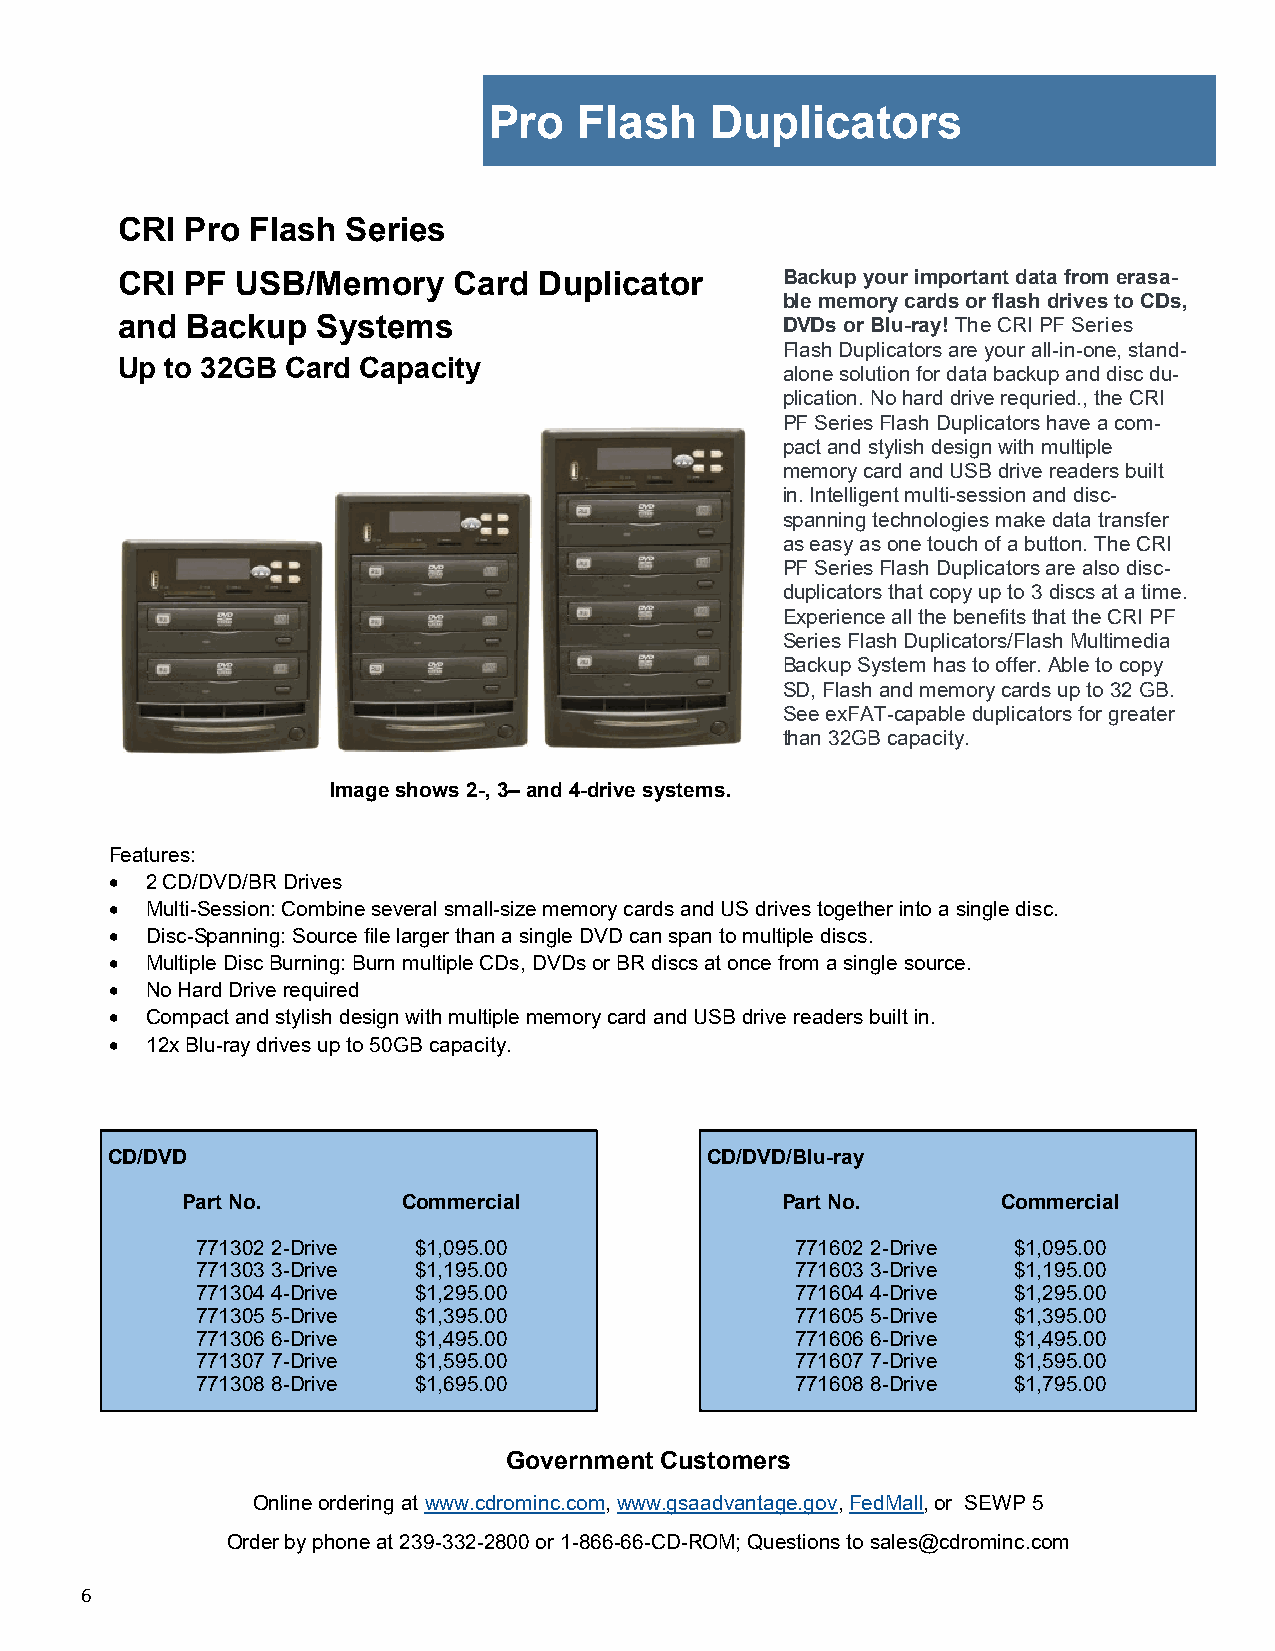
Pro   Flash    Duplicators
 CRI Pro Flash  Series
 CRI PF  USB/Memory    Card  Duplicator      Backup your important data from erasa-
 ble memory cards or flash drives to CDs,
 and Backup   Systems                        DVDs or Blu-ray! The CRI PF Series
 Flash Duplicators are your all-in-one, stand-
 Up to 32GB Card Capacity
 alone solution for data backup and disc du-
 plication. No hard drive requried., the CRI
 PF Series Flash Duplicators have a com-
 pact and stylish design with multiple
 memory card and USB drive readers built
 in. Intelligent multi-session and disc-
 spanning technologies make data transfer
 as easy as one touch of a button. The CRI
 PF Series Flash Duplicators are also disc-
 duplicators that copy up to 3 discs at a time.
 Experience all the benefits that the CRI PF
 Series Flash Duplicators/Flash Multimedia
 Backup System has to offer. Able to copy
 SD, Flash and memory cards up to 32 GB.
 See exFAT-capable duplicators for greater
 than 32GB capacity.
 Image shows 2-, 3– and 4-drive systems.
 Features:
   2 CD/DVD/BR Drives
   Multi-Session: Combine several small-size memory cards and US drives together into a single disc.
   Disc-Spanning: Source file larger than a single DVD can span to multiple discs.
   Multiple Disc Burning: Burn multiple CDs, DVDs or BR discs at once from a single source.
   No Hard Drive required
   Compact and stylish design with multiple memory card and USB drive readers built in.
   12x Blu-ray drives up to 50GB capacity.
 CD/DVD                                  CD/DVD/Blu-ray
 Part No.       Commercial               Part No.      Commercial
 771302 2-Drive $1,095.00                771602 2-Drive $1,095.00
 771303 3-Drive $1,195.00                771603 3-Drive $1,195.00
 771304 4-Drive $1,295.00                771604 4-Drive $1,295.00
 771305 5-Drive $1,395.00                771605 5-Drive $1,395.00
 771306 6-Drive $1,495.00                771606 6-Drive $1,495.00
 771307 7-Drive $1,595.00                771607 7-Drive $1,595.00
 771308 8-Drive $1,695.00                771608 8-Drive $1,795.00
 Government Customers
 Online ordering at www.cdrominc.com, www.gsaadvantage.gov, FedMall, or SEWP 5
 Order by phone at 239-332-2800 or 1-866-66-CD-ROM; Questions to sales@cdrominc.com
 6